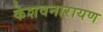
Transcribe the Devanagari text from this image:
केशवनारायण